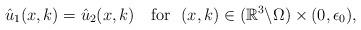
LaTeX: \begin{align*}\hat u_1(x, k)=\hat u_2(x, k)\quad\mbox{for}\ \ (x, k)\in (\mathbb{R}^3\backslash \Omega)\times (0, \epsilon_0), \end{align*}